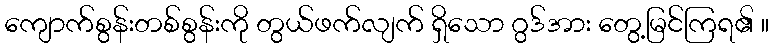
ကျောက်စွန်းတစ်စွန်းကို တွယ်ဖက်လျက် ရှိသော ဂွဒ်အား တွေ့မြင်ကြရ၏ ။